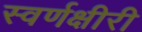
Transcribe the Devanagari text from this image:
स्वर्णक्षीरी